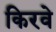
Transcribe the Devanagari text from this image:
किरवे